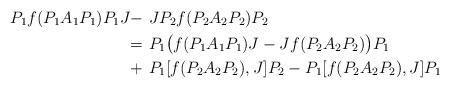
LaTeX: \begin{align*}P_1 f(P_1A_1 P_1) P_1J - &\ JP_2 f(P_2A_2 P_2) P_2\\= &\ P_1\bigl( f(P_1 A_1 P_1)J - J f(P_2 A_2 P_2)\bigr) P_1 \\+ &\ P_1[ f(P_2A_2 P_2), J]P_2 - P_1[ f(P_2A_2 P_2), J]P_1\end{align*}